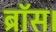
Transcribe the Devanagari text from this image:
ब्रॉस।